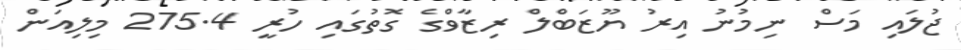
ޖުލައި މަސް ނިމުނު އިރު ޔޫޒަބްލް ރިޒާވްގެ ގޮތުގައި ހުރީ 275.4 މިލިއަން